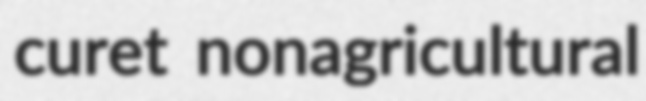
curet nonagricultural